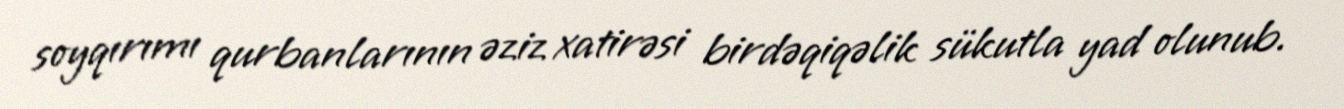
soyqırımı qurbanlarının əziz xatirəsi birdəqiqəlik sükutla yad olunub.